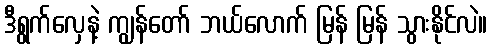
ဒီရွက်လှေနဲ့ ကျွန်တော် ဘယ်လောက် မြန် မြန် သွားနိုင်လဲ။